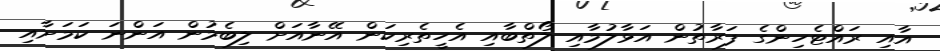
އާއި ރައްޓެހިންގެ ފަރާތުން އަޅާލުމާއި ލޯތްބާއި އެހީތެރިކަން އޭނާއަށް ލިބެމުން އަންނަ ކަމަށާއި